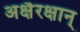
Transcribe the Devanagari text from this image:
अक्षैरक्षान्